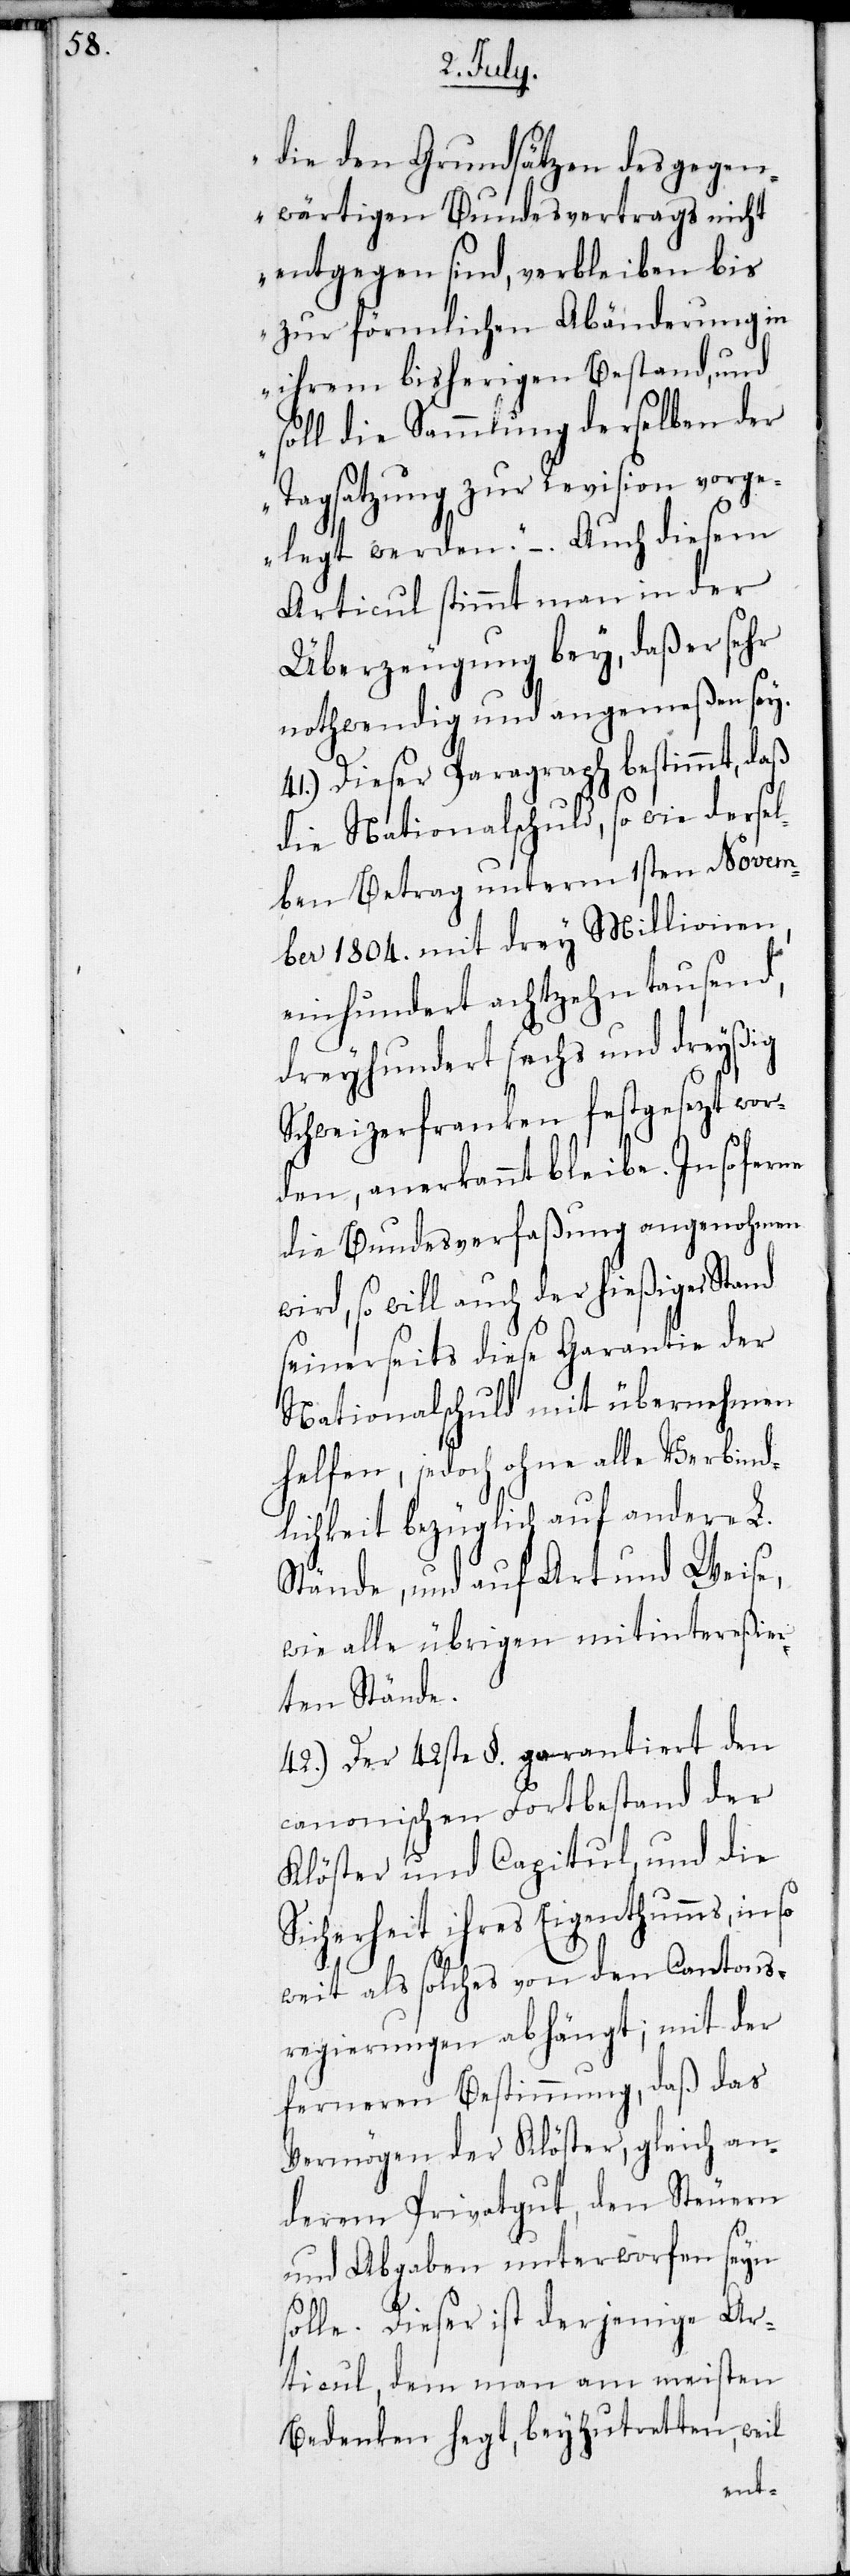
die den Grundsätzen des gegen¬
wärtigen Bundesvertrags nicht
entgegen sind, verbleiben bis
zur förmlichen Abänderung in
ihrem bisherigen Bestand, und
soll die Sammlung derselben der
Tagsatzung zur Revision vorg¬
elegt werden.“ – . Auch diesem
Articul stimmt man in der
Überzeugung bey, daß er sehr
nothwendig und angemeßen sey.
41.) Dieser Paragraph bestimmt, daß
die Nationalschuld, sowie dersel¬
ben Betrag unterm 1sten Novem¬
ber 1804. mit drey Millionen
einhundert achtzehntausend,
dreyhundert sechs und dreyßig
Schweizerfranken festgesezt wer¬
den, anerkannt bleibe. Insoferne
die Bundesverfaßung angenohmen
wird, so will auch der hießige Stand
seinerseits diese Garantie der
Nationalschuld mit übernehmen
helfen, jedoch ohne alle Verbind¬
lichkeit bezüglich auf andere L.
Stände, und auf Art und Weise,
wie alle übrigen mitintereßier¬
ten Stände.
42.) Der 42ste §. garantiert den
canonischen Fortbestand der
Klöster und Capitul, und die
Sicherheit ihres Eigenthumms, in so
weit als solches von den Cantons¬
regierungen abhängt; mit der
ferneren Bestimmung, daß das
Vermögen der Klöster, gleich an¬
derem Privatgut, den Steuern
und Abgaben unterworfen seyn
solle. Dieser ist derjenige Ar¬
ticul, dem man am meisten
Bedenken hegt, beyzutretten, weil